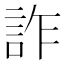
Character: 詐